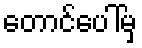
တောင်ပေါ်မှ